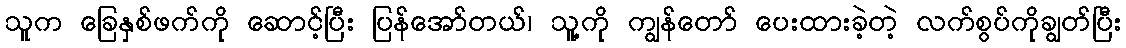
သူက ခြေနှစ်ဖက်ကို ဆောင့်ပြီး ပြန်အော်တယ်၊ သူ့ကို ကျွန်တော် ပေးထားခဲ့တဲ့ လက်စွပ်ကိုချွတ်ပြီး